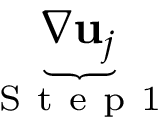
\underbrace { \nabla \mathbf { u } _ { j } } _ { \mathrm { ~ S ~ t ~ e ~ p ~ 1 ~ } }